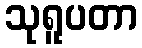
သုရူပတာ